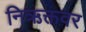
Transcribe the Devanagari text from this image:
निऋक्तवर